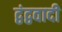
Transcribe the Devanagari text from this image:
द्वंद्ववादी